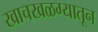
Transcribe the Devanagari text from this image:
खाचखळग्यातून